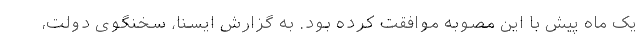
یک ماه پیش با این مصوبه موافقت کرده بود. به گزارش ایسنا، سخنگوی دولت،